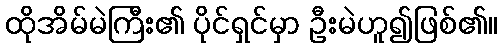
ထိုအိမ်မဲကြီး၏ ပိုင်ရှင်မှာ ဦးမဲဟူ၍ဖြစ်၏။